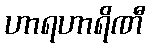
ဟာရဟာရိဏီ